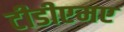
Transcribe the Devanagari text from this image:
टीडीएमए